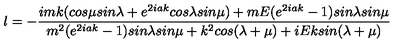
l = - \frac { i m k ( c o s \mu s i n \lambda + e ^ { 2 i a k } c o s \lambda s i n \mu ) + m E ( e ^ { 2 i a k } - 1 ) s i n \lambda s i n \mu } { m ^ { 2 } ( e ^ { 2 i a k } - 1 ) s i n \lambda s i n \mu + k ^ { 2 } c o s ( \lambda + \mu ) + i E k s i n ( \lambda + \mu ) }